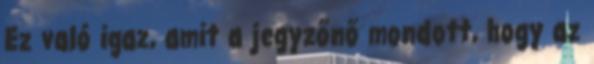
Ez való igaz, amit a jegyzőnő mondott, hogy az